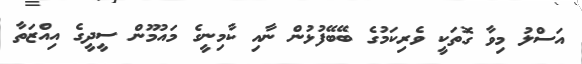
އަސްލު މިވާ ގޮތަކީ ވެރިކަމުގެ ބޭބޭފުޅުން ނާއި ކާމިނީގެ މައުމޫން ސީދީގެ އިއްޒަތާ